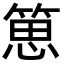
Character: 𥯨